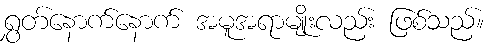
ရွှတ်နောက်နောက် အမူအရာမျိုးလည်း ဖြစ်သည်။